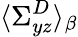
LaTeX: \langle\Sigma_{yz}^{D}\rangle_{\beta}